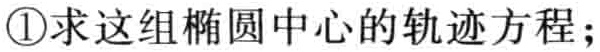
\textcircled{1}求这组椭圆中心的轨迹方程;